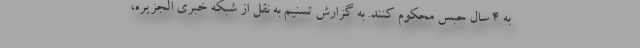
به ۴ سال حبس محکوم کنند. به گزارش تسنیم به نقل از شبکه خبری الجزیره،